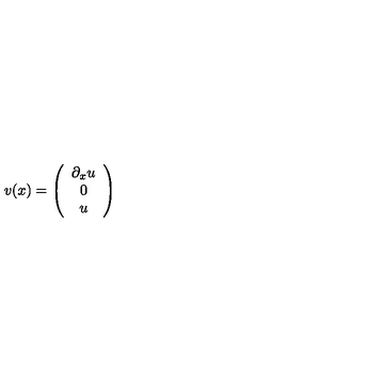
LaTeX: v ( x ) = \left( \begin{array} { c } { \partial _ { x } u } \\ { 0 } \\ { u } \\ \end{array} \right)